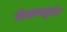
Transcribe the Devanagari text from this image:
मैसाच्यूसेट